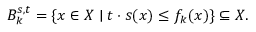
B _ { k } ^ { s , t } = \{ x \in X \mid t \cdot s ( x ) \leq f _ { k } ( x ) \} \subseteq X .